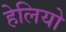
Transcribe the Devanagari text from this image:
हेलियो